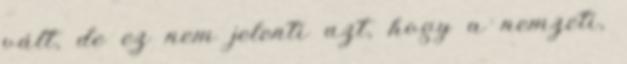
vált, de ez nem jelenti azt, hogy a nemzeti,